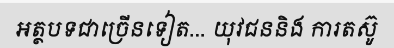
អត្ថបទជាច្រើនទៀត... យុវជននិង ការតស៊ូ